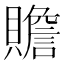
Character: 贍